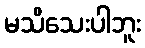
မသိသေးပါဘူး